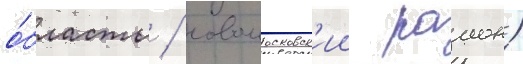
о́бласть / новомосковск'ии раион)